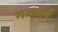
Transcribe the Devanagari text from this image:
गजचर्म